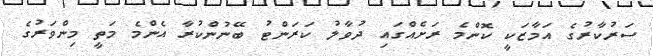
ސަރުކާރުގެ އަމާޒަކީ ކޮންމެ ރަށެއްގައި ދުވާލު ކަރަންޓު ބޭނުންކުރާ އެންމެ މަތީ މިންވަރުގެ